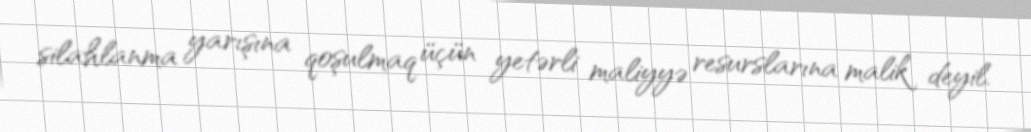
silahlanma yarışına qoşulmaq üçün yetərli maliyyə resurslarına malik deyil.